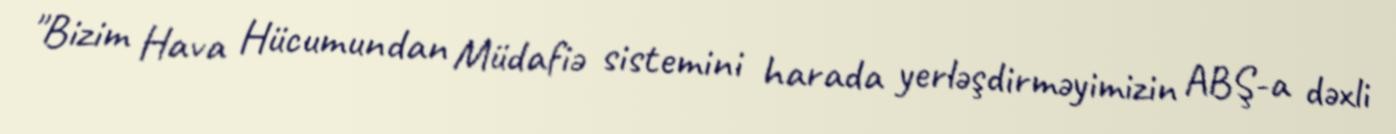
"Bizim Hava Hücumundan Müdafiə sistemini harada yerləşdirməyimizin ABŞ-a dəxli